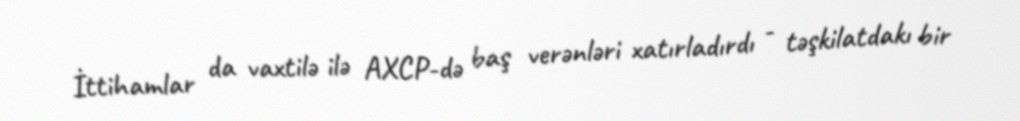
İttihamlar da vaxtilə ilə AXCP-də baş verənləri xatırladırdı - təşkilatdakı bir